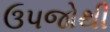
ઉપજોથી